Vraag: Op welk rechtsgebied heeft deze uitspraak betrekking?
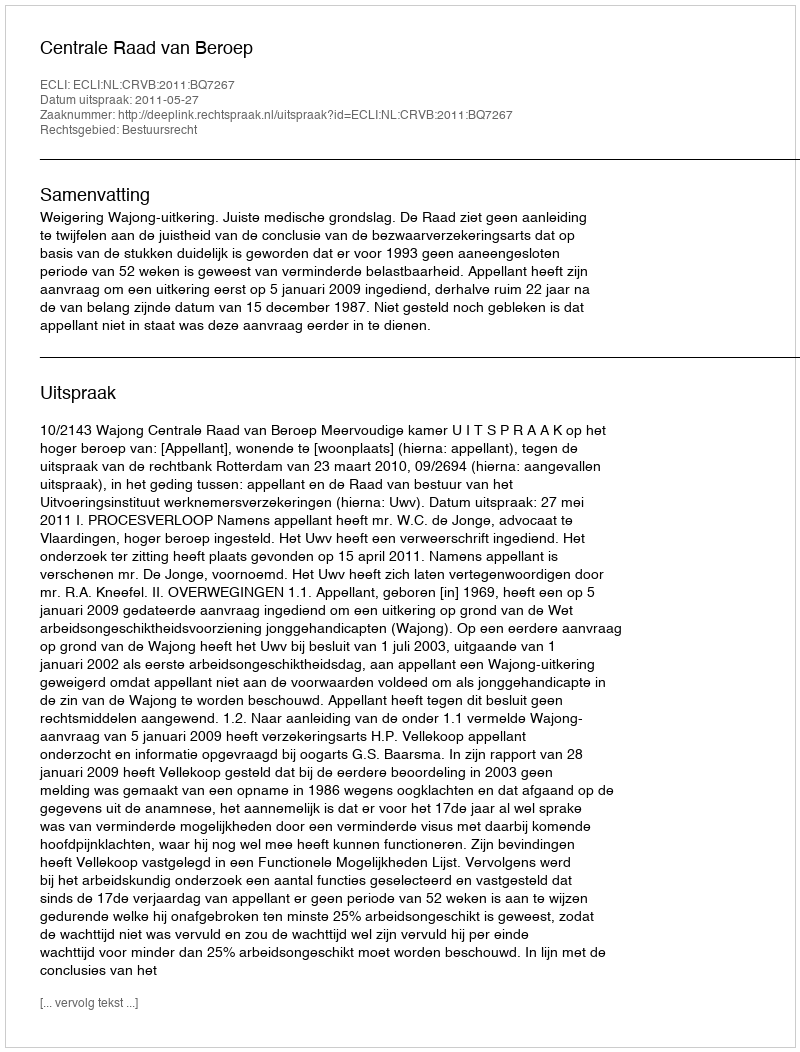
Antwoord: Bestuursrecht